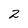
Character: 2